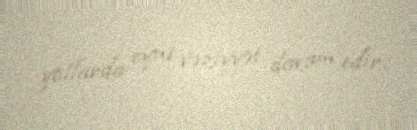
yollarda eyni vəziyyət davam edir.